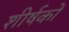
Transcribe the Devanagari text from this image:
शीर्षकाें